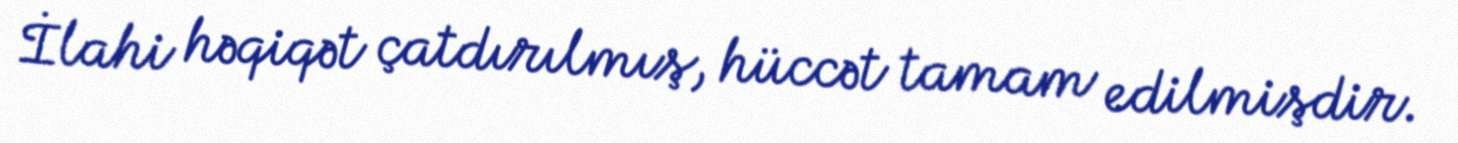
İlahi həqiqət çatdırılmış, hüccət tamam edilmişdir.